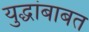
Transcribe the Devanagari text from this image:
युद्धांबाबत